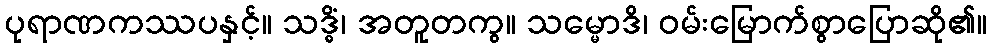
ပုရာဏကဿပနှင့်။ သဒ္ဓိံ၊ အတူတကွ။ သမ္မောဒိ၊ ဝမ်းမြောက်စွာပြောဆို၏။